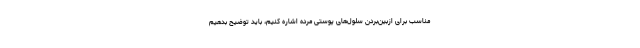
مناسب برای ازبین‌بردن سلول‌های پوستی مرده اشاره کنیم، باید توضیح بدهیم